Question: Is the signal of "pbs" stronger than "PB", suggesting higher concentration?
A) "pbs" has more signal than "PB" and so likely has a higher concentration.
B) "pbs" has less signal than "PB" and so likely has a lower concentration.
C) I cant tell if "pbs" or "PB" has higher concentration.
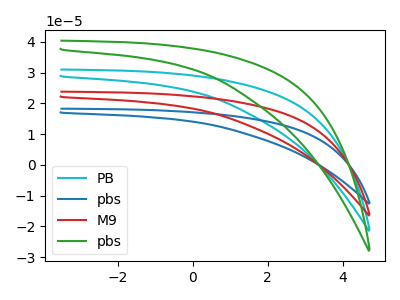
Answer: <think>The cyan curve "PB" has no peaks. The blue curve "pbs" has no peaks. The red curve "M9" has no peaks. The green curve "pbs" has no peaks.
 Neither "pbs" or "PB" have any peaks.</think>
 <answer>C) I cant tell if "pbs" or "PB" has higher concentration.</answer>
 <eval>C</eval>